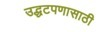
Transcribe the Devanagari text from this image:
उद्धटपणासाठी